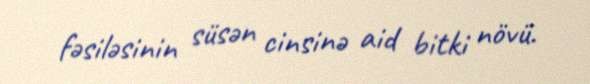
fəsiləsinin süsən cinsinə aid bitki növü.